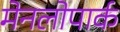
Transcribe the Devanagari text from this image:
मेनलोपार्क